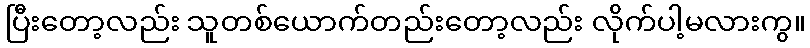
ပြီးတော့လည်း သူတစ်ယောက်တည်းတော့လည်း လိုက်ပါ့မလားကွ။